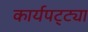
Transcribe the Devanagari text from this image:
कार्यपट्ट्या